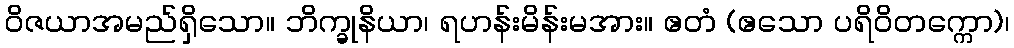
ဝိဇယာအမည်ရှိသော။ ဘိက္ခုနိယာ၊ ရဟန်းမိန်းမအား။ ဧတံ (ဧသော ပရိဝိတက္ကော)၊